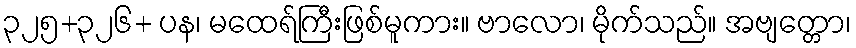
၃၂၅+၃၂၆+ ပန၊ မထေရ်ကြီးဖြစ်မူကား။ ဗာလော၊ မိုက်သည်။ အဗျတ္တော၊